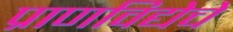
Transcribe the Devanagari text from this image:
प्राणविद्येचे